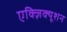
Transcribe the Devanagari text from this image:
एक्ज़िक्यूशन